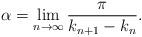
LaTeX: \begin{align*}\alpha =\lim_{n\rightarrow \infty }\frac{\pi }{k_{n+1}-k_{n}}. \end{align*}